Annual report on the Civil Veterinary Department, Burma (including the Insein Veterinary School) - 1932-1941
Year: 1932
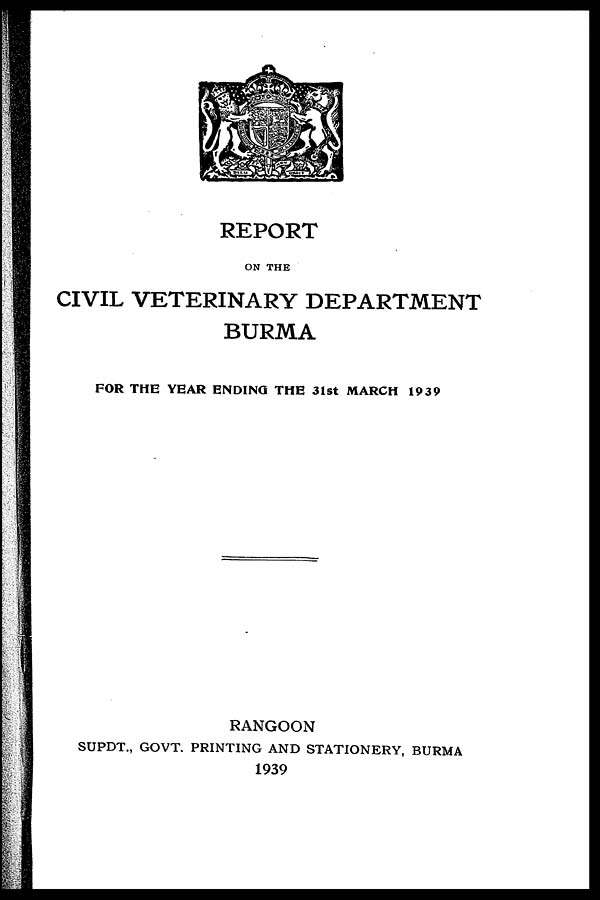
REPORT
ON THE
CIVIL VETERINARY DEPARTMENT
BURMA
FOR THE YEAR ENDING THE 31st MARCH 1939
RANGOON
SUPDT., GOVT. PRINTING AND STATIONERY, BURMA
1939